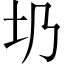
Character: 𡉁